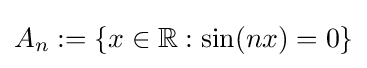
{\textstyle A_{n}:=\{x\in \mathbb {R} :\sin(nx)=0\}}